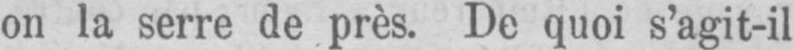
on la serre de près. De quoi s’agit-il